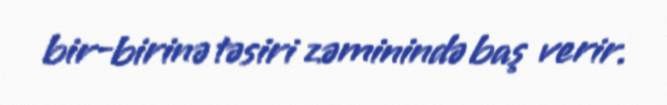
bir-birinə təsiri zəminində baş verir.